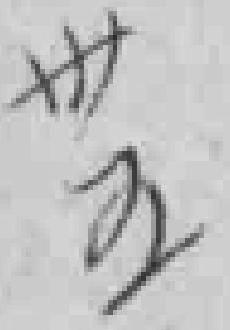
卅五